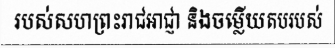
របស់សហព្រះរាជអាជ្ញា និងចម្លើយតបរបស់